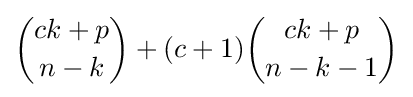
{\binom {ck+p}{n-k}}+(c+1){\binom {ck+p}{n-k-1}}